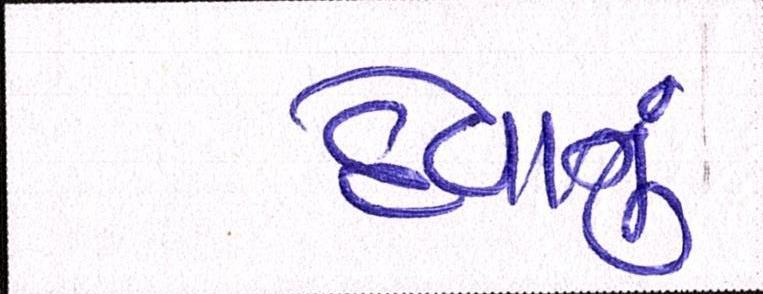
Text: દેવાનું